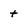
Character: t